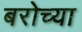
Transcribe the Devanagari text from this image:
बरोच्या